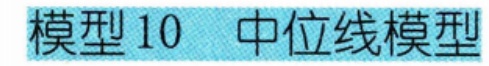
模型 10  中位线模型